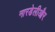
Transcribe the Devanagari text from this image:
नारडेलीऔर